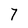
Character: 7